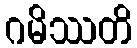
ဂမိဿတိ